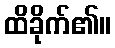
ထိခိုက်၏။